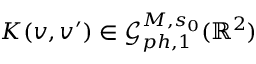
K ( v , v ^ { \prime } ) \in \mathcal { G } _ { p h , 1 } ^ { M , s _ { 0 } } ( \mathbb R ^ { 2 } )